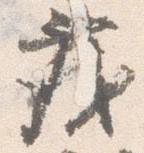
茂